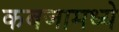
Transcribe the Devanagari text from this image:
कबजामध्ये